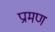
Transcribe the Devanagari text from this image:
प्रामण